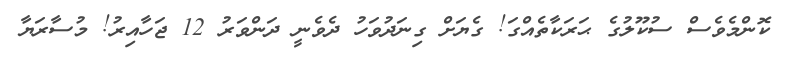
ކޮންމެވެސް ސުކޫލުގެ ޙަރަކާތެއްގަ! ގެޔަށް ގިނަދުވަހު ދެވެނީ ދަންވަރު 12 ޖަހާއިރު! މުސާރަޔާ